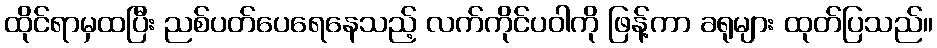
ထိုင်ရာမှထပြီး ညစ်ပတ်ပေရေနေသည့် လက်ကိုင်ပဝါကို ဖြန့်ကာ ခရုများ ထုတ်ပြသည်။